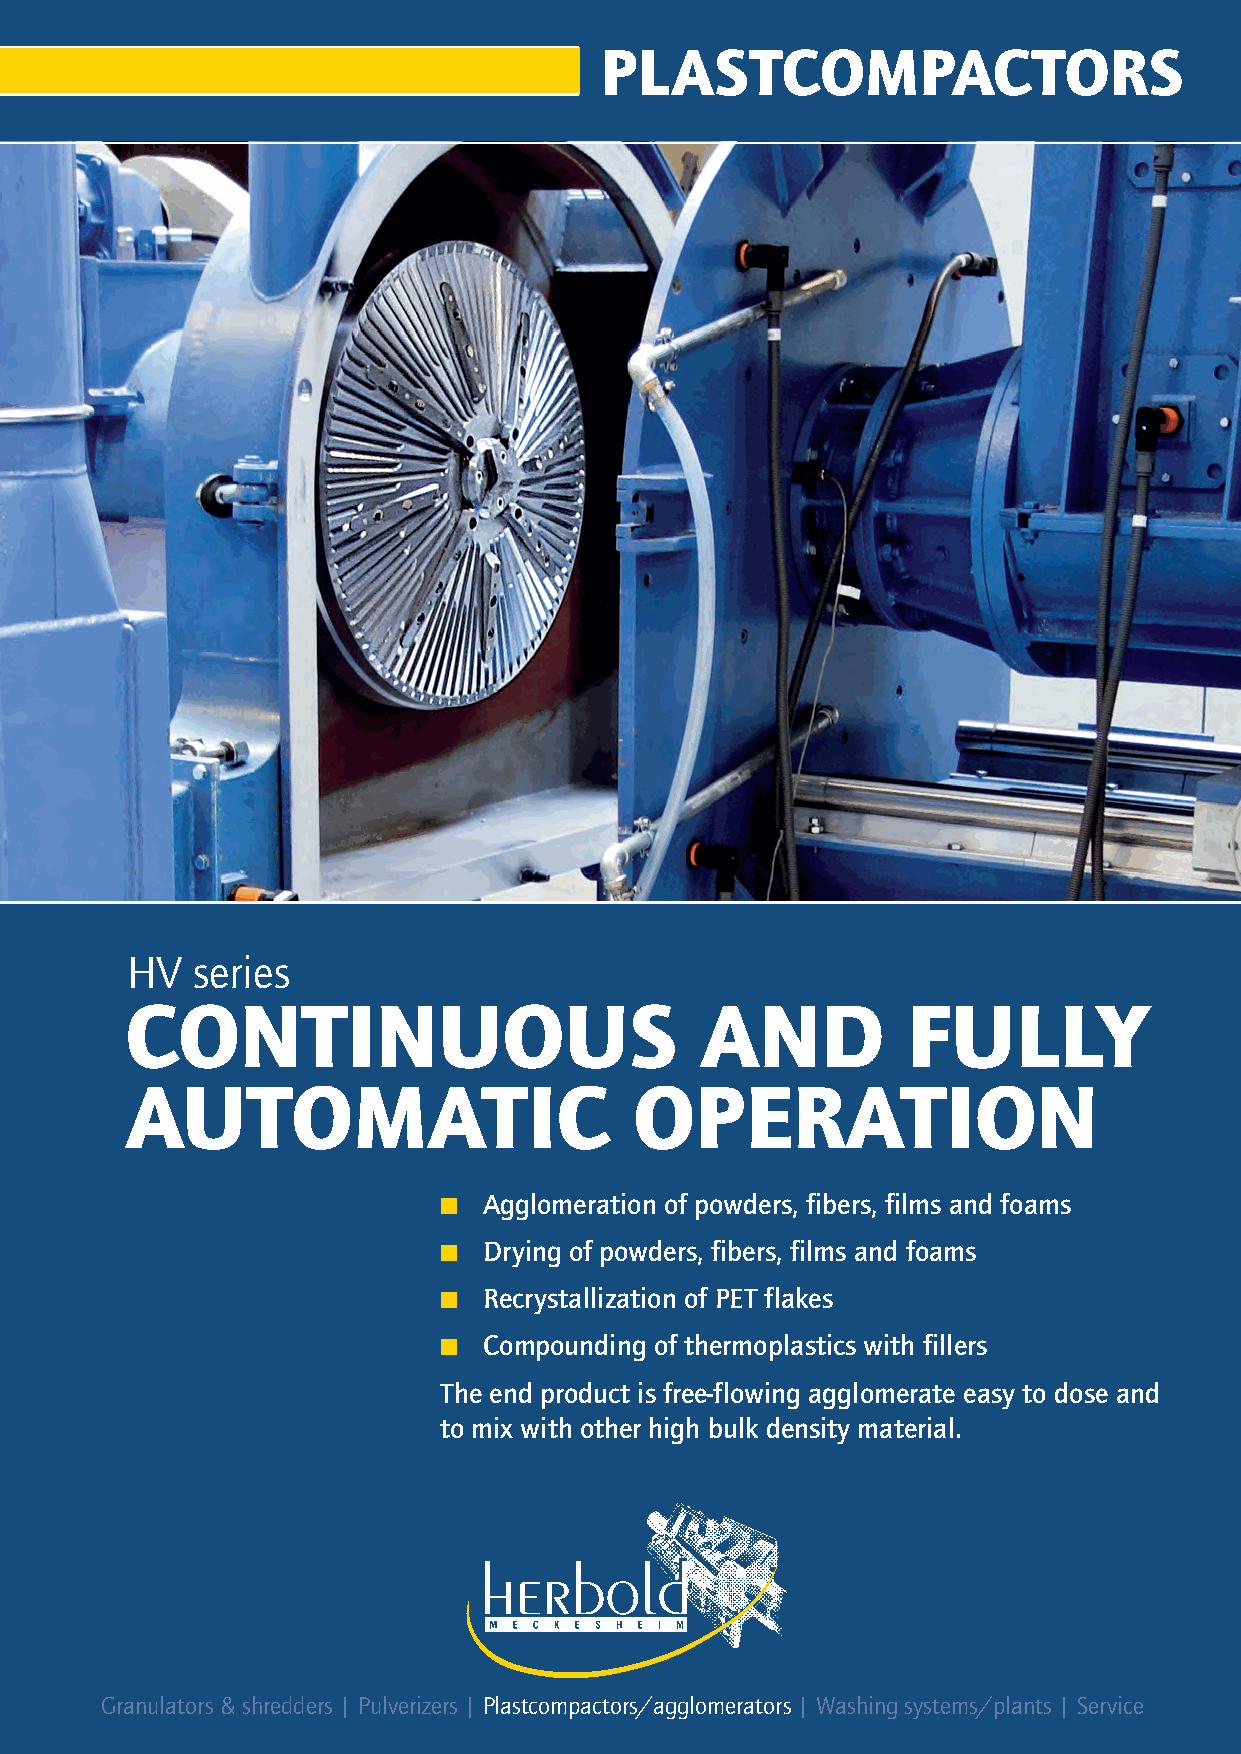
plastCompaCtors
 Advantages of Herbold plastcompactors
 n Continuous operating process, not a batch feed design or labor intensive
 n Accurate system controls which maintain the parameters for proper
 feeding speeds and disc gap to meet recipe requirements as well as the
 option to adjustment parameters during machine operation to maximize
 performance
 n Low wear costs, even with processing highly abrasive materials as
 main wear components are bolted in place allowing for easy and quick
 replacement
 n Durable and virtually insensitive to foreign bodies
 n High throughputs in fully automatic continuous operation, few
 operators needed
 n Plastcompacting is a sintering process, no melting: gentle processing
 with a very short dwell time and low process temperatures
 HV   series
 Continuous                            and           fully
 automatiC                         operation
 n  Agglomeration of powders, fibers, films and foams
 n  Drying of powders, fibers, films and foams
 n  Recrystallization of PET flakes
 n  Compounding of thermoplastics with fillers
 The end product is free-flowing agglomerate easy to dose and
 to mix with other high bulk density material.
 Herbold Meckesheim GmbH
 Industriestr. 33 | 74909 Meckesheim | Postfach 1218 | 74908 Meckesheim | Deutschland
 Tel.: + 49 (0) 6226/932-0 | Fax: + 49 (0) 6226/932-495
 E-Mail: herbold@herbold.com | Internet: www.herbold.com
 Subsidiary in the US: Herbold Meckesheim USA | Resource Recycling Systems Inc.
 130 Industrial Drive | North Smithfield, RI 02896, USA | P.O. Box 239 | Slatersville, RI 02876, USA
 Tel.: + 1 401 597/5500 | Toll-free (US/CDN): +1 888/612 RRSI (7774) | Fax: + 1 401 597/5535
 E-Mail: info@herboldusa.com | Internet: www.herboldusa.com
 Granulators & shredders | Pulverizers | Plastcompactors/agglomerators | Washing systems/plants | Service
 Plastkompaktor_E_v5.indd 7                                                08.09.14 15:20